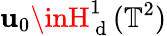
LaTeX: \mathbf{u}_{0}\inH_{\mathrm{{~d~}}}^{1}(\mathbb{{T}}^{2})